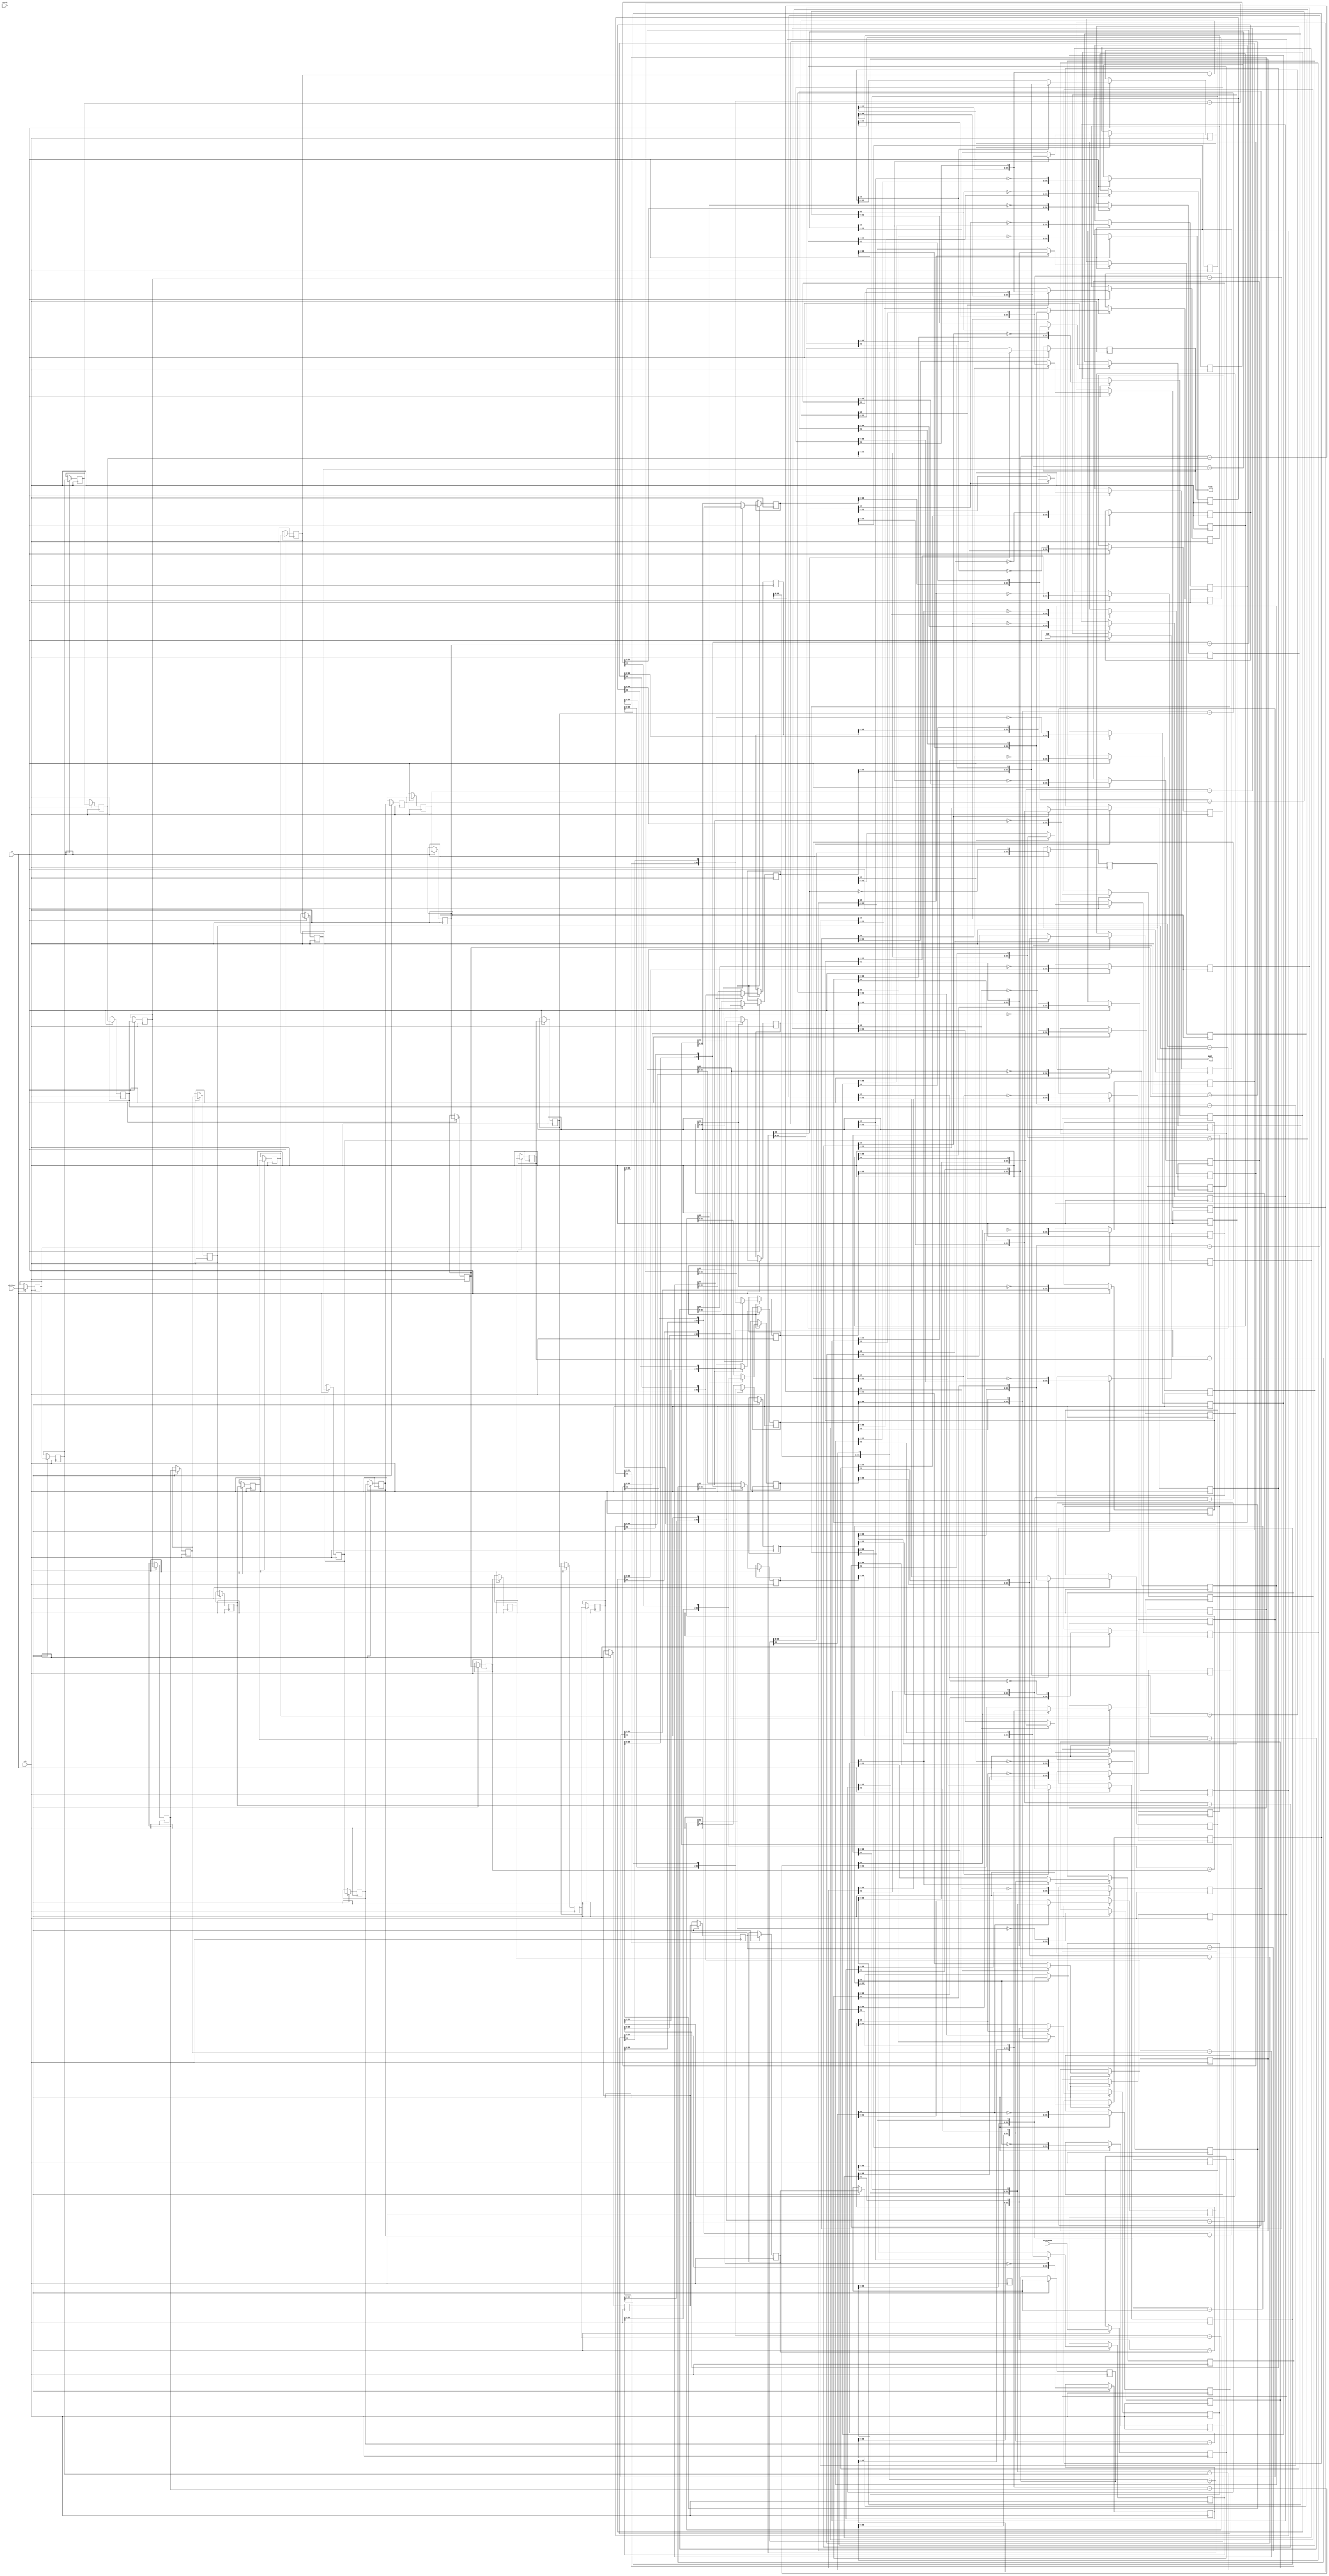
// 67d7842dbbe25473c3c32b93c0da8047785f30d78e8a024de1b57352245f9689
// ==============================================================
// Vitis HLS - High-Level Synthesis from C, C++ and OpenCL v2020.2 (64-bit)
// Copyright 1986-2020 Xilinx, Inc. All Rights Reserved.
// ==============================================================
`timescale 1 ns / 1 ps

module nnlayer_udiv_56ns_64ns_16_60_1_divider
#(parameter
    in0_WIDTH = 32,
    in1_WIDTH = 32,
    out_WIDTH = 32
)
(
    input                       clk,
    input                       reset,
    input                       ce,
    input       [in0_WIDTH-1:0] dividend,
    input       [in1_WIDTH-1:0] divisor,
    output wire [out_WIDTH-1:0] quot,
    output wire [out_WIDTH-1:0] remd
);

localparam cal_WIDTH = (in0_WIDTH > in1_WIDTH)? in0_WIDTH : in1_WIDTH;

//------------------------Local signal-------------------
reg  [in0_WIDTH-1:0] dividend_tmp[0:in0_WIDTH];
reg  [in1_WIDTH-1:0] divisor_tmp[0:in0_WIDTH];
reg  [in0_WIDTH-1:0] remd_tmp[0:in0_WIDTH];
wire [in0_WIDTH-1:0] comb_tmp[0:in0_WIDTH-1];
wire [cal_WIDTH:0]   cal_tmp[0:in0_WIDTH-1];
//------------------------Body---------------------------
assign  quot    = dividend_tmp[in0_WIDTH];
assign  remd    = remd_tmp[in0_WIDTH];

// dividend_tmp[0], divisor_tmp[0], remd_tmp[0]
always @(posedge clk)
begin
    if (ce) begin
        dividend_tmp[0] <= dividend;
        divisor_tmp[0]  <= divisor;
        remd_tmp[0]     <= 1'b0;
    end
end

genvar i;
generate 
    for (i = 0; i < in0_WIDTH; i = i + 1)
    begin : loop
        if (in0_WIDTH == 1) assign  comb_tmp[i]     = dividend_tmp[i][0];
        else                assign  comb_tmp[i]     = {remd_tmp[i][in0_WIDTH-2:0], dividend_tmp[i][in0_WIDTH-1]};
        assign  cal_tmp[i]      = {1'b0, comb_tmp[i]} - {1'b0, divisor_tmp[i]};

        always @(posedge clk)
        begin
            if (ce) begin
                if (in0_WIDTH == 1) dividend_tmp[i+1] <= ~cal_tmp[i][cal_WIDTH];
                else                dividend_tmp[i+1] <= {dividend_tmp[i][in0_WIDTH-2:0], ~cal_tmp[i][cal_WIDTH]};
                divisor_tmp[i+1]  <= divisor_tmp[i];
                remd_tmp[i+1]     <= cal_tmp[i][cal_WIDTH]? comb_tmp[i] : cal_tmp[i][in0_WIDTH-1:0];
            end
        end
    end
endgenerate

endmodule

module nnlayer_udiv_56ns_64ns_16_60_1
#(parameter
        ID   = 1,
        NUM_STAGE   = 2,
        din0_WIDTH   = 32,
        din1_WIDTH   = 32,
        dout_WIDTH   = 32
)
(
        input                           clk,
        input                           reset,
        input                           ce,
        input           [din0_WIDTH-1:0] din0,
        input           [din1_WIDTH-1:0] din1,
        output          [dout_WIDTH-1:0] dout
);
//------------------------Local signal-------------------
reg     [din0_WIDTH-1:0] dividend0;
reg     [din1_WIDTH-1:0] divisor0;
wire    [din0_WIDTH-1:0] dividend_u;
wire    [din1_WIDTH-1:0] divisor_u;
wire    [dout_WIDTH-1:0] quot_u;
wire    [dout_WIDTH-1:0] remd_u;
reg     [dout_WIDTH-1:0] quot;
reg     [dout_WIDTH-1:0] remd;
//------------------------Instantiation------------------
nnlayer_udiv_56ns_64ns_16_60_1_divider #(
    .in0_WIDTH      ( din0_WIDTH ),
    .in1_WIDTH      ( din1_WIDTH ),
    .out_WIDTH      ( dout_WIDTH )
) nnlayer_udiv_56ns_64ns_16_60_1_divider_u (
    .clk      ( clk ),
    .reset    ( reset ),
    .ce       ( ce ),
    .dividend ( dividend_u ),
    .divisor  ( divisor_u ),
    .quot     ( quot_u ),
    .remd     ( remd_u )
);
//------------------------Body---------------------------
assign dividend_u = dividend0;
assign divisor_u = divisor0;

always @(posedge clk)
begin
    if (ce) begin
        dividend0 <= din0;
        divisor0  <= din1;
    end
end

always @(posedge clk)
begin
    if (ce) begin
        quot <= quot_u;
        remd <= remd_u;
    end
end

assign dout = quot;

endmodule